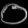
Digit: ၀